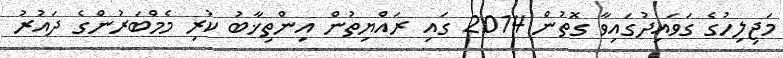
މަޖިލިހުގެ ގަވައިދުގައިވާ ގޮތުން 2014 ގައި ރައްޔިތުން އިންތިޚާބު ކުރި މެމްބަރުންގެ ދައުރު